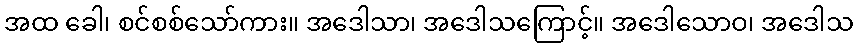
အထ ခေါ၊ စင်စစ်သော်ကား။ အဒေါသာ၊ အဒေါသကြောင့်။ အဒေါသောဝ၊ အဒေါသ